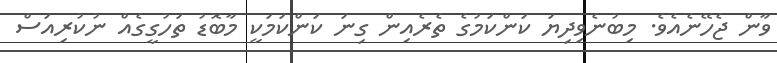
ވާން ޖެހޭނެއެވެ. މިބުނެވިދިޔަ ކަންކަމުގެ ތެރެއިން ގިނަ ކަންކަމަކީ މާބޮޑު ތަހުގީގެއް ނުކުރިއަސް